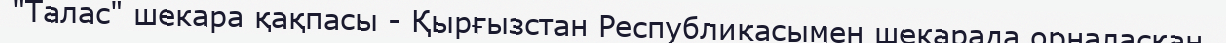
"Талас" шекара қақпасы - Қырғызстан Республикасымен шекарада орналасқан.